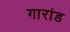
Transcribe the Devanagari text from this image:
गारांड